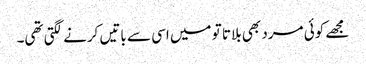
مجھے کوئی مرد بھی بلاتا تو میں اسی سے باتیں کرنے لگتی تھی۔